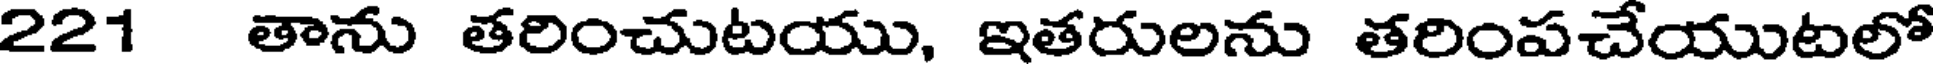
221 తాను తరించుటయు, ఇతరులను తరింపచేయుటలో